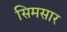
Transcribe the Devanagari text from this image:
सिमसार